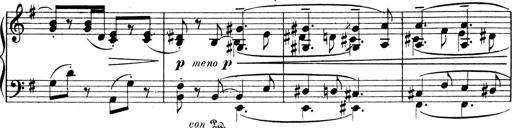
Title: 4 Sonatines
Composer: Max Reger